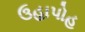
ઉહાપોહ